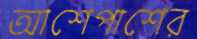
আশেপাশের